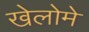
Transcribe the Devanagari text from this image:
खेलोमे